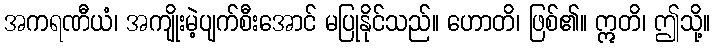
အကရဏီယံ၊ အကျိုးမဲ့ပျက်စီးအောင် မပြုနိုင်သည်။ ဟောတိ၊ ဖြစ်၏။ ဣတိ၊ ဤသို့။